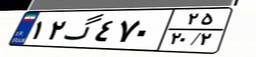
۱۲گ۴۷۰۲۵